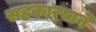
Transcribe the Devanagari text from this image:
सहकार्‍याने